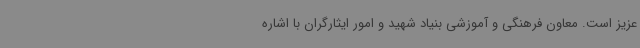
عزیز است. معاون فرهنگی و آموزشی بنیاد شهید و امور ایثارگران با اشاره